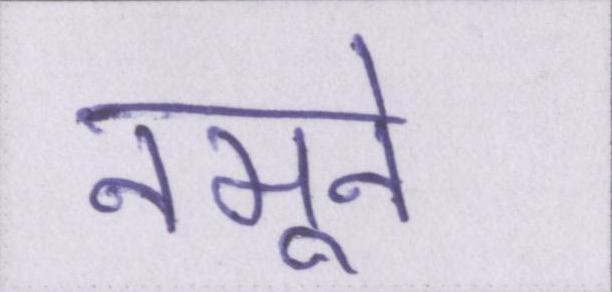
नमूने